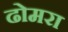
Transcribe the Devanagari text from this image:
ढोमरा